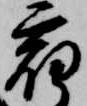
宿